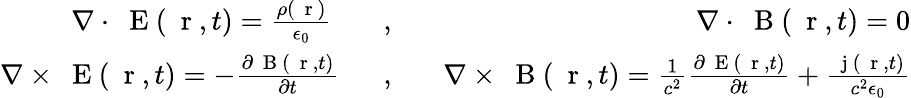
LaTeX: \begin{array}{rlr}{\nabla\cdot\mathrm{~\mathbf~E~}(\mathrm{~\mathbf~r~},t)=\frac{\rho(\mathrm{~\mathbf~r~})}{\epsilon_{0}}\; \; \; }&{{},}&{\; \; \; \nabla\cdot\mathrm{~\mathbf~B~}(\mathrm{~\mathbf~r~},t)=0}\\ {\nabla\times\mathrm{~\mathbf~E~}(\mathrm{~\mathbf~r~},t)=-\frac{\partial\mathrm{~\mathbf~B~}(\mathrm{~\mathbf~r~},t)}{\partial t}\; \; }&{{},}&{\; \; \; \nabla\times\mathrm{~\mathbf~B~}(\mathrm{~\mathbf~r~},t)=\frac{1}{c^{2}}\frac{\partial\mathrm{~\mathbf~E~}(\mathrm{~\mathbf~r~},t)}{\partial t}+\frac{\mathrm{~\mathbf~j~}(\mathrm{~\mathbf~r~},t)}{c^{2}\epsilon_{0}}}\end{array}